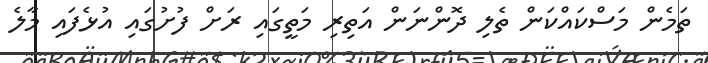
ތަމެން މަސްކައްކަން ތެލި ދޮންނަން އަތިރި މަތީގައި ރަށް ފުށުގައި އުޅެފައި މާލެ